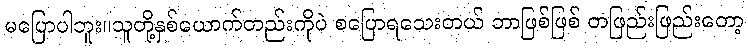
မပြောပါဘူး။သူတို့နှစ်ယောက်တည်းကိုပဲ စပြောရသေးတယ် ဘာဖြစ်ဖြစ် တဖြည်းဖြည်းတော့